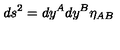
d s ^ { 2 } = d y ^ { A } d y ^ { B } \eta _ { A B }